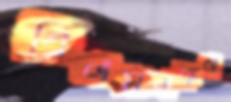
বিএমএফএ